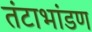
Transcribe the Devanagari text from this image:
तंटाभांडण